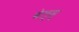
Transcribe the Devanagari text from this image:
वेल्स्